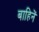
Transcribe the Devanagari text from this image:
बाहिनें